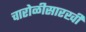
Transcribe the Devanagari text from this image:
चारोळीसारखी